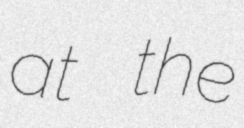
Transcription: at the